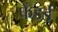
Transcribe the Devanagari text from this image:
फेंडर्ड